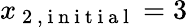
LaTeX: x_{\mathrm{~2~,~i~n~i~t~i~a~l~}}=3